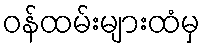
ဝန်ထမ်းများထံမှ